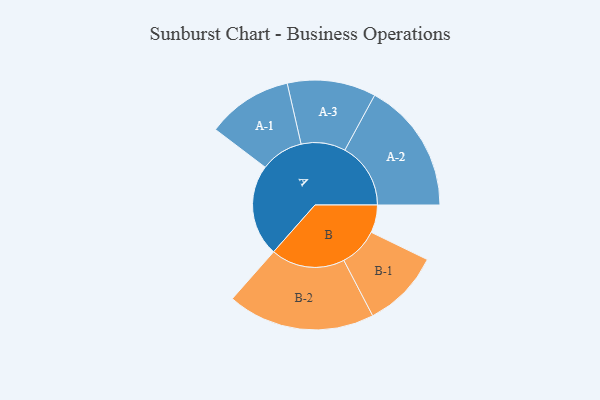
{"axis": {"x": "Segment", "y": "Value"}, "legend": ["", "A", "B"], "data": [{"x": "A", "y": 354, "type": ""}, {"x": "B", "y": 107, "type": ""}, {"x": "A-1", "y": 165, "type": "A"}, {"x": "A-2", "y": 254, "type": "A"}, {"x": "A-3", "y": 171, "type": "A"}, {"x": "B-1", "y": 151, "type": "B"}, {"x": "B-2", "y": 285, "type": "B"}]}